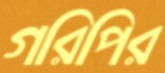
গরিপির